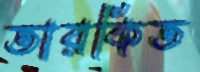
তারকিত